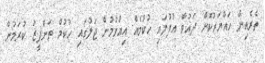
ތެރެއިން ހައްޔަރުކޮށް ދައުވާ އުފުލައި ހުކުމެއް އިއްވުމުން ޖަލުގައި ހުކުމް ތަންފީޒު ކުރަމުން